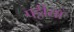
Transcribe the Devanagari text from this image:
पट्टीयाँ